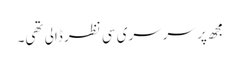
مجھ پر سرسری سی نظر ڈالی تھی۔